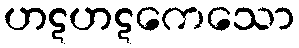
ဟဋဟဋကေသော